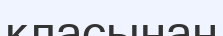
класынан